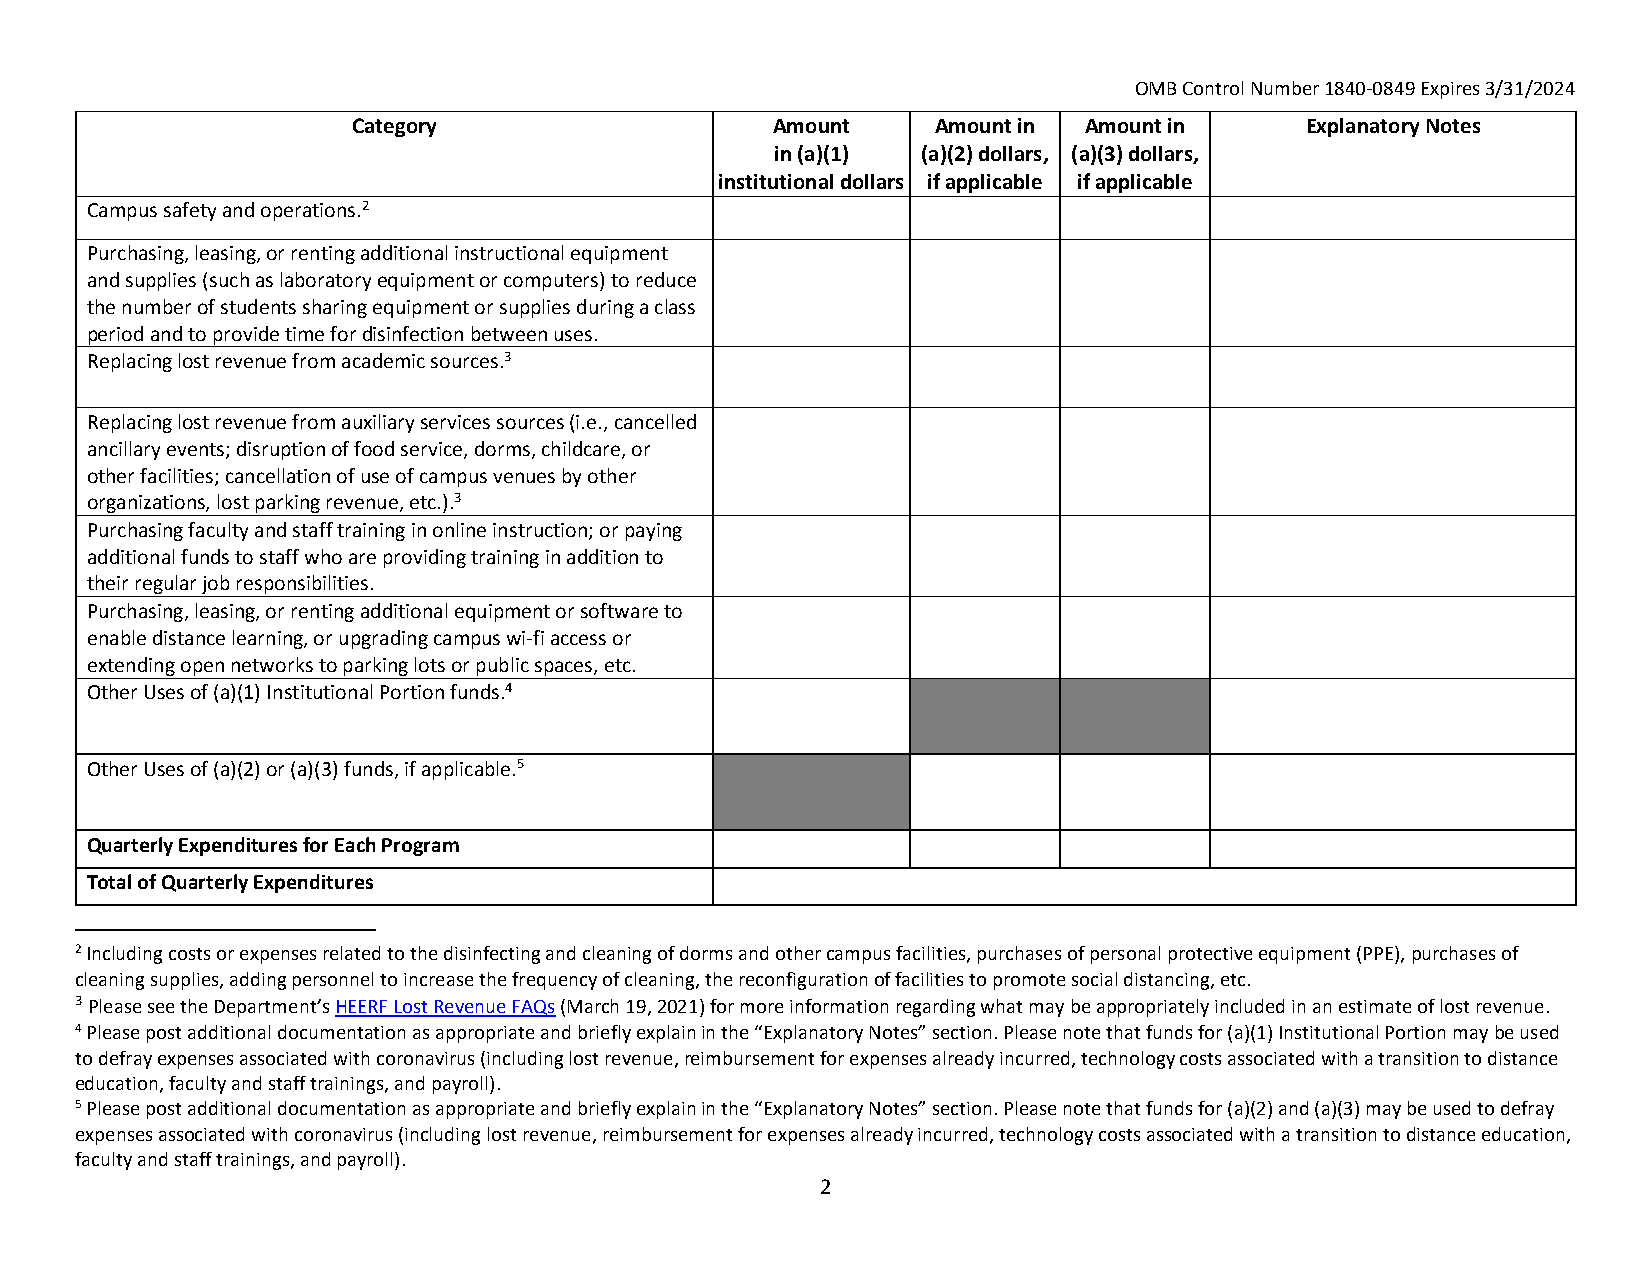
OMB Control Number 1840‐0849 Expires 3/31/2024
 Category                    Amount     Amount in Amount in     Explanatory Notes
 in (a)(1) (a)(2) dollars, (a)(3) dollars,
 institutional dollars if applicable if applicable
 Campus safety and operations.2
 Purchasing, leasing, or renting additional instructional equipment
 and supplies (such as laboratory equipment or computers) to reduce
 the number of students sharing equipment or supplies during a class
 period and to provide time for disinfection between uses.
 Replacing lost revenue from academic sources.3
 Replacing lost revenue from auxiliary services sources (i.e., cancelled
 ancillary events; disruption of food service, dorms, childcare, or
 other facilities; cancellation of use of campus venues by other
 organizations, lost parking revenue, etc.).3
 Purchasing faculty and staff training in online instruction; or paying
 additional funds to staff who are providing training in addition to
 their regular job responsibilities.
 Purchasing, leasing, or renting additional equipment or software to
 enable distance learning, or upgrading campus wi‐fi access or
 extending open networks to parking lots or public spaces, etc.
 Other Uses of (a)(1) Institutional Portion funds.4
 Other Uses of (a)(2) or (a)(3) funds, if applicable.5
 Quarterly Expenditures for Each Program
 Total of Quarterly Expenditures
 2 Including costs or expenses related to the disinfecting and cleaning of dorms and other campus facilities, purchases of personal protective equipment (PPE), purchases of
 cleaning supplies, adding personnel to increase the frequency of cleaning, the reconfiguration of facilities to promote social distancing, etc.
 3 Please see the Department’s HEERF Lost Revenue FAQs (March 19, 2021) for more information regarding what may be appropriately included in an estimate of lost revenue.
 4 Please post additional documentation as appropriate and briefly explain in the “Explanatory Notes” section. Please note that funds for (a)(1) Institutional Portion may be used
 to defray expenses associated with coronavirus (including lost revenue, reimbursement for expenses already incurred, technology costs associated with a transition to distance
 education, faculty and staff trainings, and payroll).
 5 Please post additional documentation as appropriate and briefly explain in the “Explanatory Notes” section. Please note that funds for (a)(2) and (a)(3) may be used to defray
 expenses associated with coronavirus (including lost revenue, reimbursement for expenses already incurred, technology costs associated with a transition to distance education,
 faculty and staff trainings, and payroll).
 2